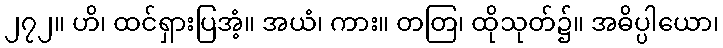
၂၇၂။ ဟိ၊ ထင်ရှားပြအံ့။ အယံ၊ ကား။ တတြ၊ ထိုသုတ်၌။ အဓိပ္ပါယော၊